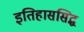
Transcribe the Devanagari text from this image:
इतिहाससिद्ध